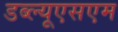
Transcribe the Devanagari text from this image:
डब्ल्यूएसएम